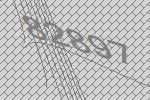
82897